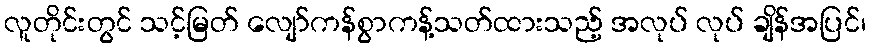
လူတိုင်းတွင် သင့်မြတ် လျော်ကန်စွာကန့်သတ်ထားသည့် အလုပ် လုပ် ချိန်အပြင်၊